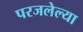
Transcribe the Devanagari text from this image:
परजलेल्या